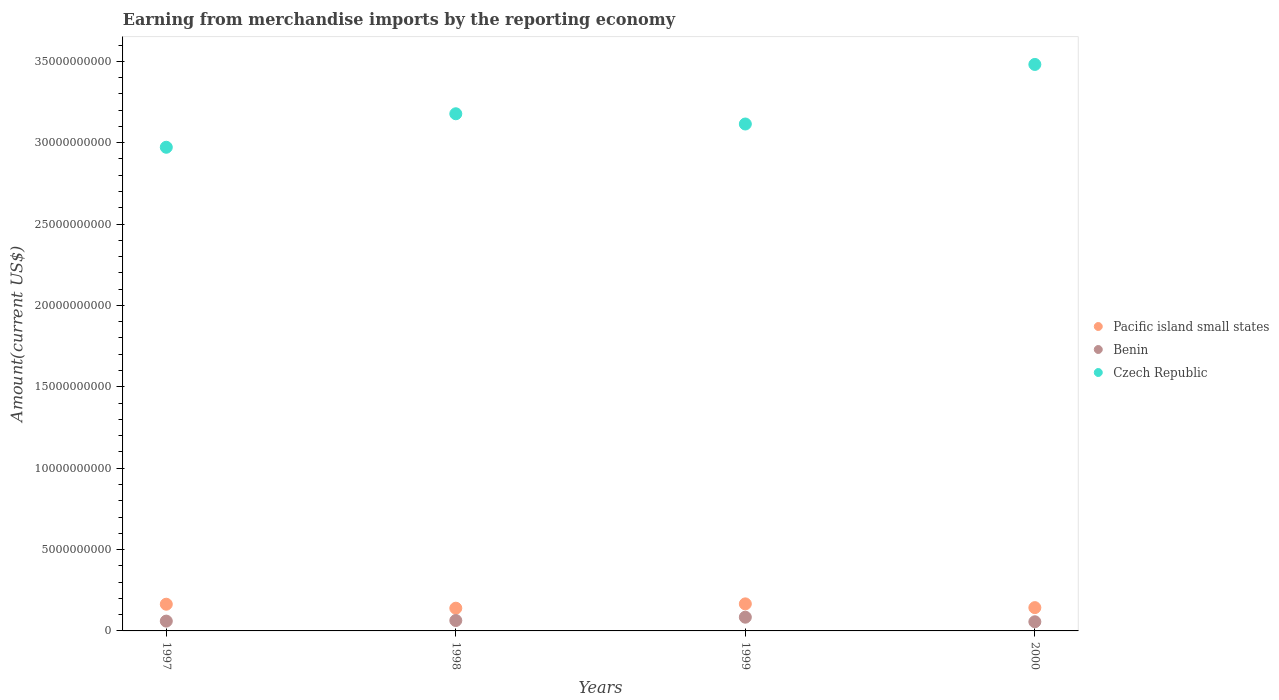
| Years | Pacific island small states | Benin | Czech Republic |
 | --- | --- | --- | --- |
 | 1997 | 1.64e+09 | 6.03e+08 | 2.97e+10 |
 | 1998 | 1.4e+09 | 6.4e+08 | 3.18e+10 |
 | 1999 | 1.66e+09 | 8.43e+08 | 3.11e+10 |
 | 2000 | 1.43e+09 | 5.63e+08 | 3.48e+10 |